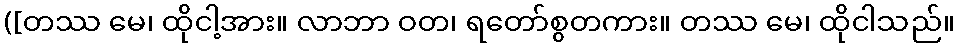
([တဿ မေ၊ ထိုငါ့အား။ လာဘာ ဝတ၊ ရတော်စွတကား။ တဿ မေ၊ ထိုငါသည်။